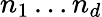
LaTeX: n_{1}\ldots n_{d}